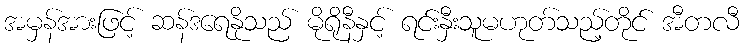
အမှန်အားဖြင့် ဆန်ဒရေနိုသည် မိုရိုနီနှင့် ရင်းနှီးသူမဟုတ်သည့်တိုင် အီတလီ